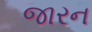
જારન